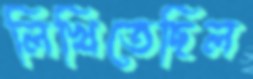
লিখিতেছিল